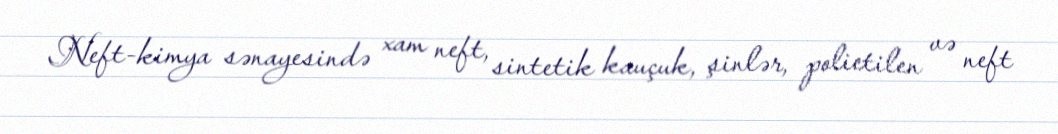
Neft-kimya sənayesində xam neft, sintetik kauçuk, şinlər, polietilen və neft